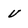
Character: v